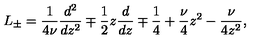
L _ { \pm } = \frac { 1 } { 4 \nu } \frac { d ^ { 2 } } { d z ^ { 2 } } \mp \frac { 1 } { 2 } z \frac { d } { d z } \mp \frac { 1 } { 4 } + \frac { \nu } { 4 } z ^ { 2 } - \frac { \nu } { 4 z ^ { 2 } } ,